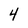
Character: 4